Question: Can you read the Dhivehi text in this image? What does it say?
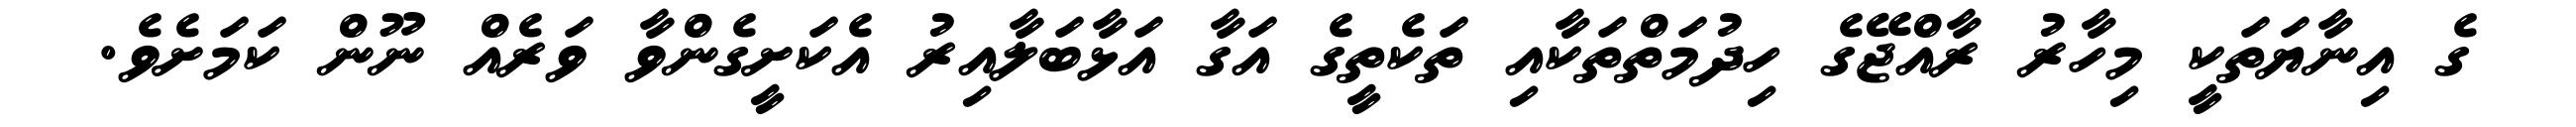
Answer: ގެ އިނާޔަތަކީ މިހާރު ރާއްޖޭގެ ހިދުމަތްތަކާއި ތަކެތީގެ އަގާ އަޅާބަލާއިރު އެކަށީގެންވާ ވަރެއް ނޫން ކަމަށެވެ.